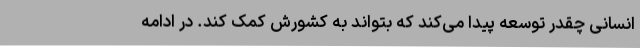
انسانی چقدر توسعه پیدا می‌کند که بتواند به کشورش کمک کند. در ادامه